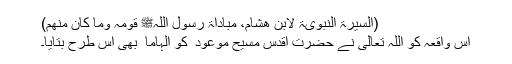
(السیرۃ النبویۃ لابن ھشام، مباداۃ رسول اللہﷺ قومہ وما کان منھم)
اس واقعہ کو اللہ تعالیٰ نے حضرت اقدس مسیح موعود ؑ کو الہاما ً بھی اس طرح بتایا۔